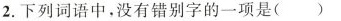
2.下列词语中，没有错别字的一项是( )